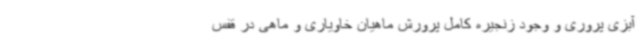
آبزی پروری و وجود زنجیره کامل پرورش ماهیان خاویاری و ماهی در قفس